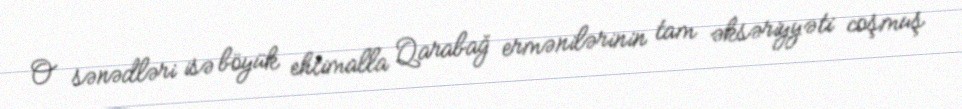
O sənədləri isə böyük ehtimalla Qarabağ ermənilərinin tam əksəriyyəti coşmuş